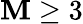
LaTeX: \mathbf{M}\geq3